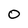
Character: 0